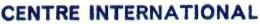
CENTRE INTERNATIONAL